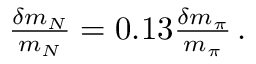
\begin{array} { r } { \frac { \delta m _ { N } } { m _ { N } } = 0 . 1 3 \frac { \delta m _ { \pi } } { m _ { \pi } } \, . } \end{array}